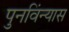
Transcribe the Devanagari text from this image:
पुनविंन्यास